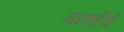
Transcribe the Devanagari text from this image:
मार्कोचे